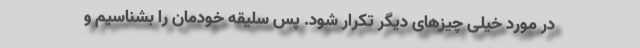
در مورد خیلی چیزهای دیگر تکرار شود. پس سلیقه خودمان را بشناسیم و